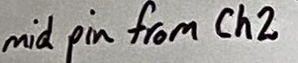
Text: mid pin from Ch2